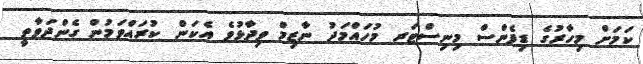
ކަމަށް މިހާރުގެ ޑިފެންސް މިނިސްޓަރ މުހައްމަދު ނާޒިމް ވިދާޅުވެ އެކަން ކުރައްވަމުން ގެންދަވާތީ